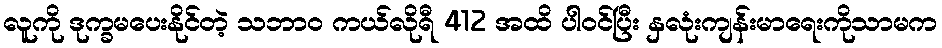
လူကို ဒုက္ခမပေးနိုင်တဲ့ သဘာ၀ ကယ်လိုရီ 412 အထိ ပါဝင်ပြီး နှလုံးကျန်းမာရေးကိုသာမက